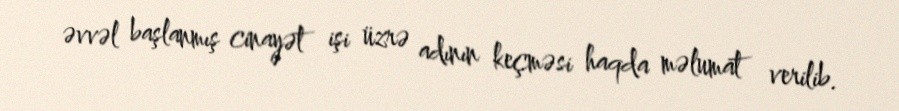
əvvəl başlanmış cinayət işi üzrə adının keçməsi haqda məlumat verilib.